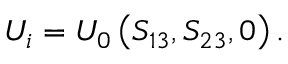
U _ { i } = U _ { 0 } \left( S _ { 1 3 } , S _ { 2 3 } , 0 \right) .